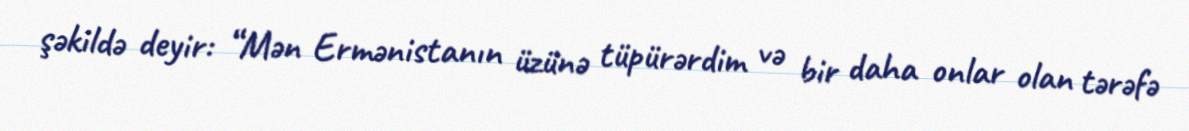
şəkildə deyir: “Mən Ermənistanın üzünə tüpürərdim və bir daha onlar olan tərəfə